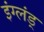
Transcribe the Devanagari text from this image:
इंग्लंड्